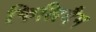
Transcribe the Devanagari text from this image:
फिलिमैग